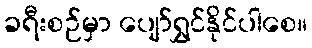
ခရီးစဉ်မှာ ပျော်ရွှင်နိုင်ပါစေ။